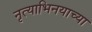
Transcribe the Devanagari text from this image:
नृत्याभिनयाच्या